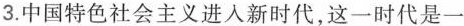
3.中国特色社会主义进入新时代，这一时代是一